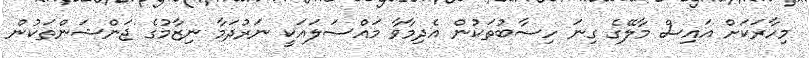
މިހާރަކަށް އައިސް މާލޭގެ ގިނަ ހިސާބުތަކުން އެދިމާވާ މައްސަލައަކީ ނަރުދަމާ ނިޒާމުގެ ޖަންޝަންތަކުން